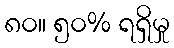
၈၀။ ၅၀% ရရှိမှု